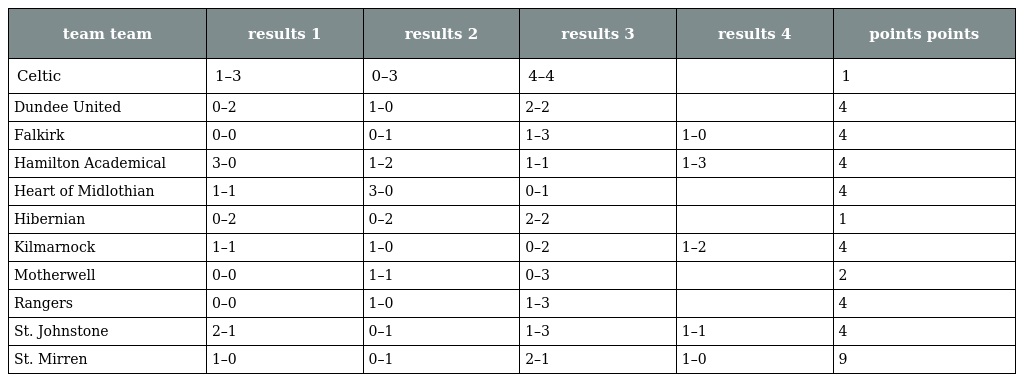
| team team | results 1 | results 2 | results 3 | results 4 | points points |
 | --- | --- | --- | --- | --- | --- |
 | Celtic | 1–3 | 0–3 | 4–4 |  | 1 |
 | Dundee United | 0–2 | 1–0 | 2–2 |  | 4 |
 | Falkirk | 0–0 | 0–1 | 1–3 | 1–0 | 4 |
 | Hamilton Academical | 3–0 | 1–2 | 1–1 | 1–3 | 4 |
 | Heart of Midlothian | 1–1 | 3–0 | 0–1 |  | 4 |
 | Hibernian | 0–2 | 0–2 | 2–2 |  | 1 |
 | Kilmarnock | 1–1 | 1–0 | 0–2 | 1–2 | 4 |
 | Motherwell | 0–0 | 1–1 | 0–3 |  | 2 |
 | Rangers | 0–0 | 1–0 | 1–3 |  | 4 |
 | St. Johnstone | 2–1 | 0–1 | 1–3 | 1–1 | 4 |
 | St. Mirren | 1–0 | 0–1 | 2–1 | 1–0 | 9 |